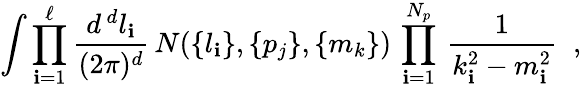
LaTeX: \int\prod_{\mathbf{i}=1}^{\ell}{\frac{{d^{\, d}l_{\mathbf{i}}}}{{(2\pi)^{d}}}}\, N(\{ l_{\mathbf{i}}\} ,\{ p_{j}\} ,\{ m_{k}\} )\, \prod_{\mathbf{i}=1}^{N_{p}}\, {\frac{{1}}{{k_{\mathbf{i}}^{2}-m_{\mathbf{i}}^{2}}}}\; \; ,